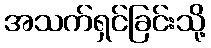
အသက်ရှင်ခြင်းသို့